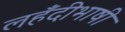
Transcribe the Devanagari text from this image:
लहँदीभाषी